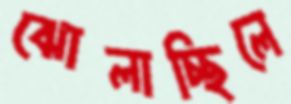
ঝোলাচ্ছিলে